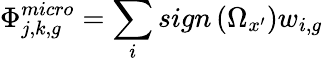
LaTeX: \Phi_{j,k,g}^{micro}=\sum_{i}sign\left(\Omega_{x^{\prime}}\right)w_{i,g}